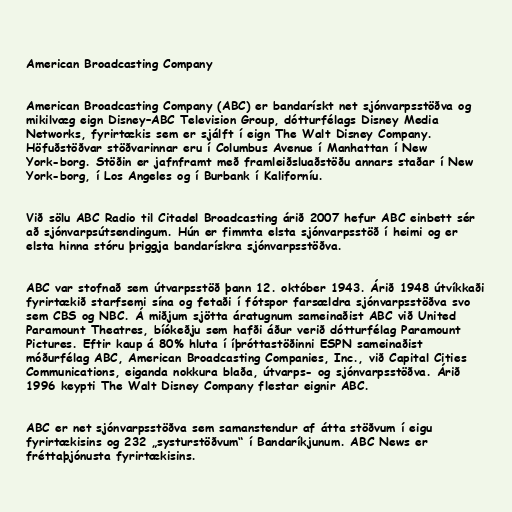
American Broadcasting Company

American Broadcasting Company (ABC) er bandarískt net sjónvarpsstöðva og
mikilvæg eign Disney–ABC Television Group, dótturfélags Disney Media
Networks, fyrirtækis sem er sjálft í eign The Walt Disney Company.
Höfuðstöðvar stöðvarinnar eru í Columbus Avenue í Manhattan í New
York-borg. Stöðin er jafnframt með framleiðsluaðstöðu annars staðar í New
York-borg, í Los Angeles og í Burbank í Kaliforníu.

Við sölu ABC Radio til Citadel Broadcasting árið 2007 hefur ABC einbett sér
að sjónvarpsútsendingum. Hún er fimmta elsta sjónvarpsstöð í heimi og er
elsta hinna stóru þriggja bandarískra sjónvarpsstöðva.

ABC var stofnað sem útvarpsstöð þann 12. október 1943. Árið 1948 útvíkkaði
fyrirtækið starfsemi sína og fetaði í fótspor farsældra sjónvarpsstöðva svo
sem CBS og NBC. Á miðjum sjötta áratugnum sameinaðist ABC við United
Paramount Theatres, bíókeðju sem hafði áður verið dótturfélag Paramount
Pictures. Eftir kaup á 80% hluta í íþróttastöðinni ESPN sameinaðist
móðurfélag ABC, American Broadcasting Companies, Inc., við Capital Cities
Communications, eiganda nokkura blaða, útvarps- og sjónvarpsstöðva. Árið
1996 keypti The Walt Disney Company flestar eignir ABC.

ABC er net sjónvarpsstöðva sem samanstendur af átta stöðvum í eigu
fyrirtækisins og 232 „systurstöðvum“ í Bandaríkjunum. ABC News er
fréttaþjónusta fyrirtækisins.